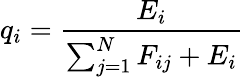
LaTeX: q_{i}=\frac{E_{i}}{\sum_{j=1}^{N}F_{ij}+E_{i}}